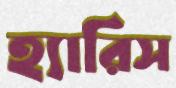
হ্যারিস